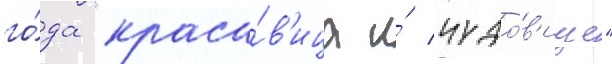
го́да "краса́в'ица и́ чудо́в'ище"